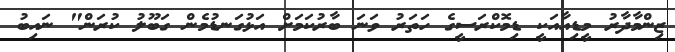
ޒިންމާދާރު މީޑިއާއަކީ ޑިމޮކްރަސީގެ ހަތަރު ވަނަ ބާރުކަމަށް އަޅުގަނޑުމެން ގަބޫލު ކުރަން" ނައިބު